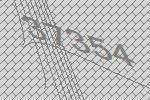
37354